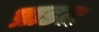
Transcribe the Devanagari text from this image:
प्राडल